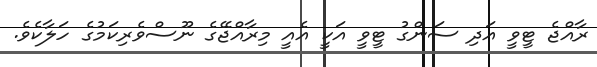
ރާއްޖެ ޓީވީ އަދި ސަންގު ޓީވީ އަކީ އެއީ މިރާއްޖޭގެ ނޫސްވެރިކަމުގެ ހަލާކެވެ.